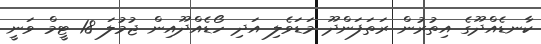
ކާނޑެއްދޫގެ އިތުރުން ރަތަފަންދޫ މަޑަވެލި އަދި ހޯޑެއްދޫއިން ޖުމުލަ 18 ޓީމް ވަނީ